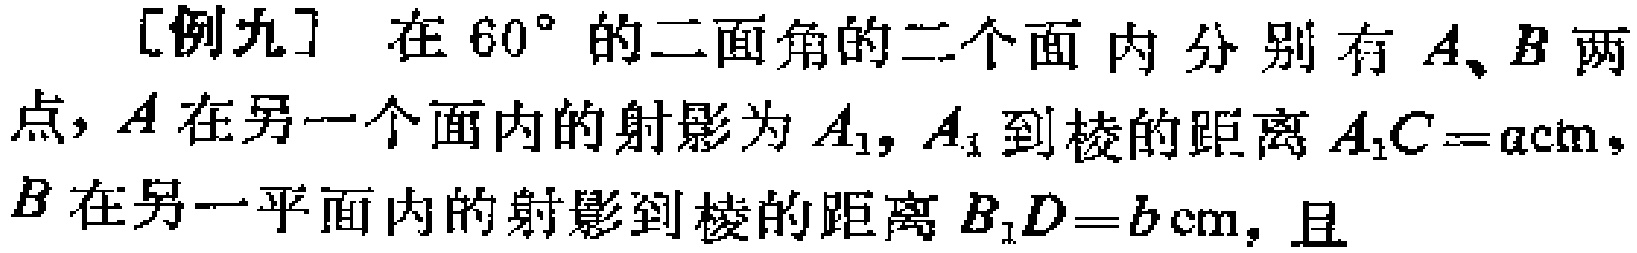
[例九] 在 \(60^{\circ}\) 的二面角的二个面内分别有 \(A、B\) 两点，\(A\) 在另一个面内的射影为 \(A_{1}\)，\(A_{1}\) 到棱的距离 \(A_{1}C = a\text{cm}\)，\(B\) 在另一平面内的射影到棱的距离 \(B_{1}D = b\text{cm}\)，且